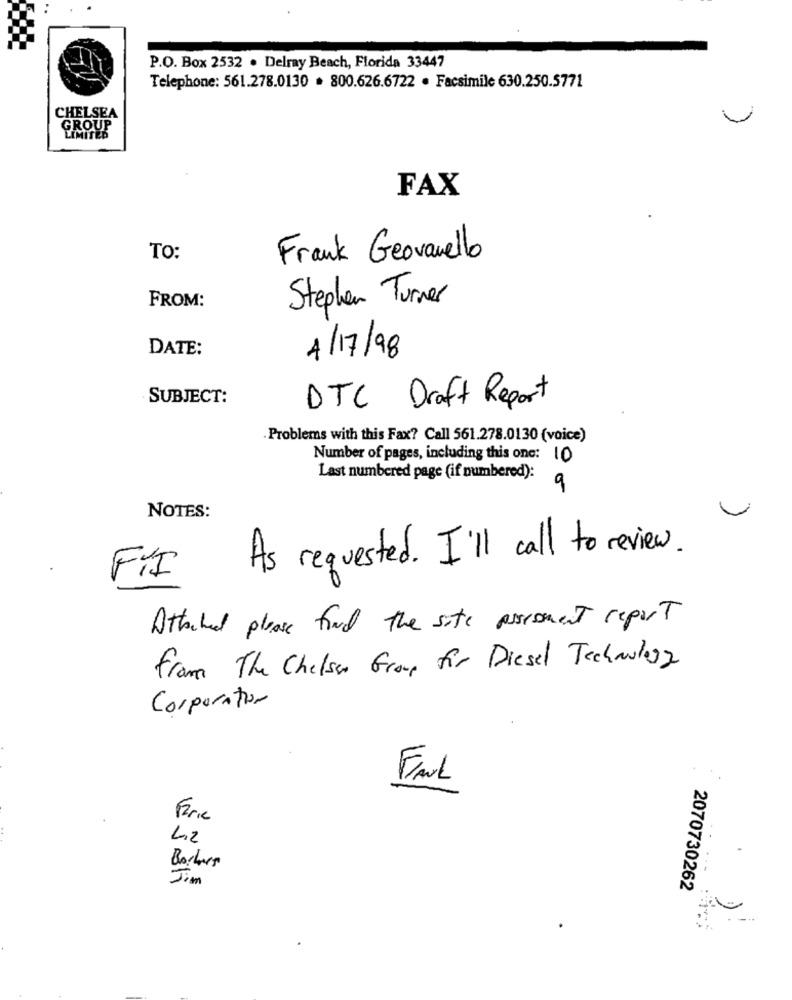
P.O. Box 2532 . Delray Beach, Florida 33447
Telephone: 561.278.0130 . 800.626.6722 . Facsimile 630.250.5771
CHELSEA
GROUP
LIMITED
FAX
TO:
Frank Geovanello
Stephen Turner
FROM:
DATE:
4/17/98
SUBJECT:
DTC Draft Report
Problems with this Fax? Call 561.278.0130 (voice)
Number of pages, including this one: 10
Last numbered page (if numbered):
9
NOTES:
As requested. I'll call to review.
FIT
Attached please find the site assesment report
from The Chelsea Grave für Diesel Technology
Corporation
FAUL
Ferie
42
Bockers
.--
Jim
2070730262